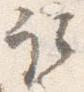
取